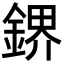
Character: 鎅